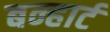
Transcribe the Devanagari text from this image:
बन्हार्ट